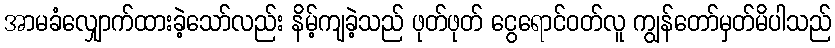
အာမခံလျှောက်ထားခဲ့သော်လည်း နိမ့်ကျခဲ့သည် ဖုတ်ဖုတ် ငွေရောင်ဝတ်လူ ကျွန်တော်မှတ်မိပါသည်